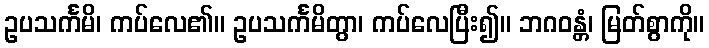
ဥပသင်္ကမိ၊ ကပ်လေ၏။ ဥပသင်္ကမိတွာ၊ ကပ်လေပြီး၍။ ဘဂဝန္တံ၊ မြတ်စွာကို။